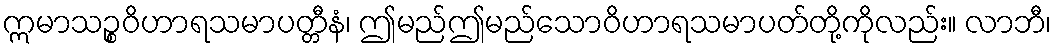
ဣမာသဉ္စဝိဟာရသမာပတ္တီနံ၊ ဤမည်ဤမည်သောဝိဟာရသမာပတ်တို့ကိုလည်း။ လာဘီ၊